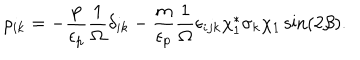
LaTeX: \rho _ { i k } = - \frac { p } { \epsilon _ { p } } \frac { 1 } { \Omega } \delta _ { i k } - \frac { m } { \epsilon _ { p } } \frac { 1 } { \Omega } \epsilon _ { i j k } \chi _ { 1 } ^ { * } \sigma _ { k } \chi _ { 1 } \sin ( 2 \beta ) .